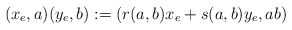
\begin{align*}(x_e,a)(y_e,b) :=(r(a,b)x_e + s(a,b)y_e, ab)\end{align*}